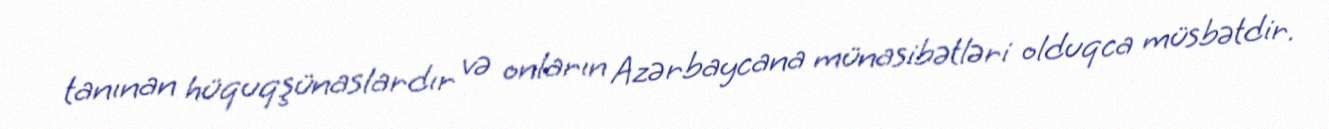
tanınan hüquqşünaslardır və onların Azərbaycana münasibətləri olduqca müsbətdir.